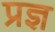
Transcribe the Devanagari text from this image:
प्रज्ञ